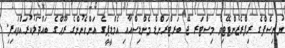
ޔުނިސެފްގެ ރިޕްރެޒެންޓޭޓިވް މިސްޓަރ ޖޭ ބަރޓްރަންޑް މެންޑިސްއާއި އެމްޑީޕީގެ އަންހެނުންގެ ރޫޙްގެ ބައްދަލުކުރައްވައިފި.